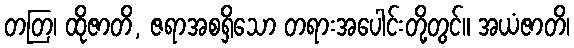
တတြ၊ ထိုဇာတိ, ဇရာအစရှိသော တရားအပေါင်းတို့တွင်။ အယံဇာတိ၊